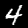
Label: 4